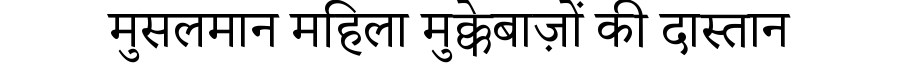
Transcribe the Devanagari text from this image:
मुसलमान महिला मुक्केबाज़ों की दास्तान